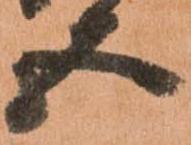
五